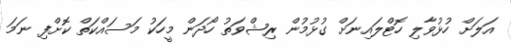
އަލަށް ހުޅުވާލި ހޮޓްލައިނަށް ގުޅުމުން ރިޝްވަތު ހޯދަން މީހަކު މަސައްކަތް ކޮށްފި ނަމަ